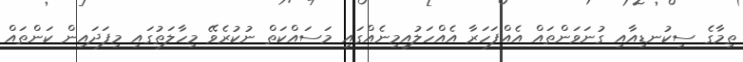
ތިމާގެ ސިކުނޑިއާއި ގުނަވަންތައް އެއްފަހަރާ އެއްހަލުއިމިނެއްގައި މަސައްކަތް ނުކުރެވޭ މިހާލަތުގައި މިފަދައިން ކަންތައް